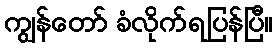
ကျွန်တော် ခံလိုက်ရပြန်ပြီ။